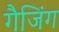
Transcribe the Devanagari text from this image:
गैजिंग